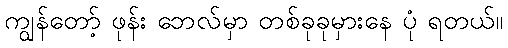
ကျွန်တော့် ဖုန်း ဘေလ်မှာ တစ်ခုခုမှားနေ ပုံ ရတယ်။